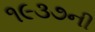
૧૯૩૭ની